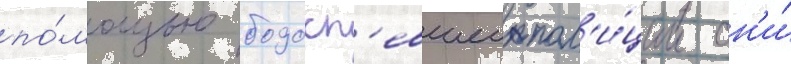
по́мощью подосп'евшеи пол'и́ции он'и́